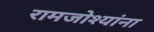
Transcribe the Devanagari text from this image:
रामजोश्यांना